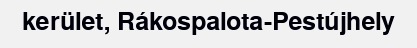
kerület, Rákospalota-Pestújhely